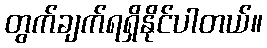
တွက်ချက်ရရှိနိုင်ပါတယ်။